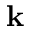
{ \mathbf k }